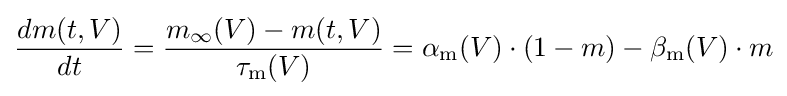
{\frac {dm(t,V)}{dt}}={\frac {m_{\infty }(V)-m(t,V)}{\tau _{\mathrm {m} }(V)}}=\alpha _{\mathrm {m} }(V)\cdot (1-m)-\beta _{\mathrm {m} }(V)\cdot m